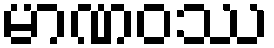
မာဏဝဿ